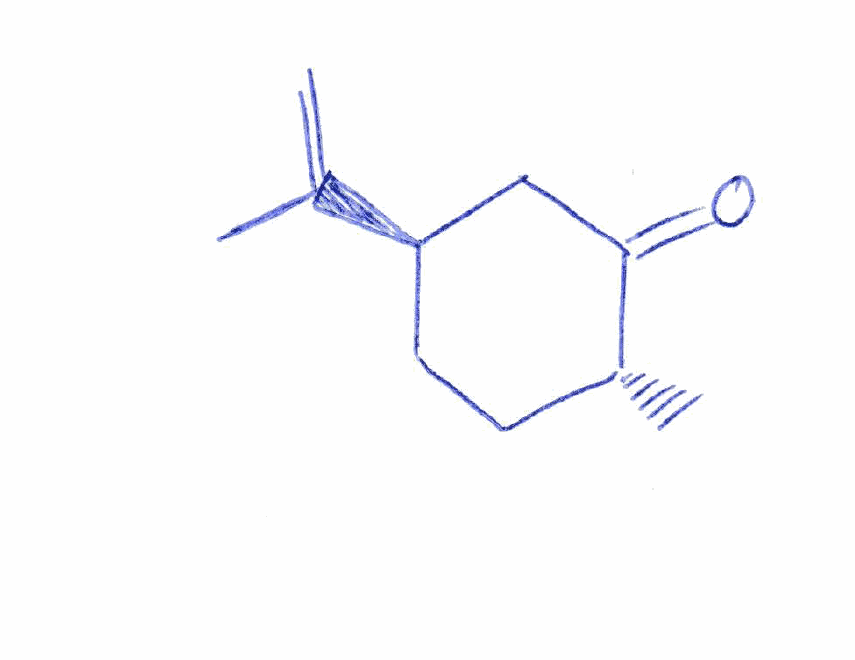
Simplified molecular-input line-entry system (SMILES) notation of the given molecule:
C[C@@H]1CC[C@H](CC1=O)C(=C)C